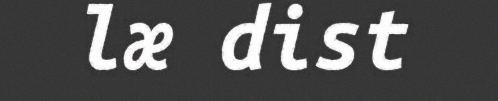
læ dist